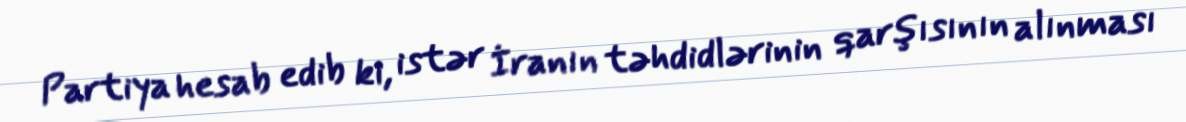
Partiya hesab edib ki, istər İranın təhdidlərinin qarşısının alınması